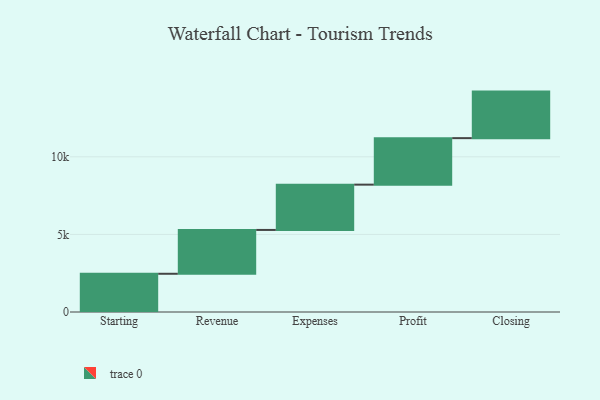
{"axis": {"x": "Step", "y": "Value"}, "legend": [""], "data": [{"x": "Starting", "y": 2464.0, "type": ""}, {"x": "Revenue", "y": 2825.0, "type": ""}, {"x": "Expenses", "y": 2920.0, "type": ""}, {"x": "Profit", "y": 2997.0, "type": ""}, {"x": "Closing", "y": 3000, "type": ""}]}